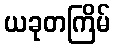
ယခုတကြိမ်